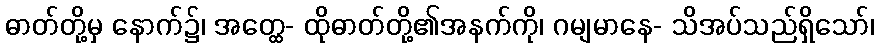
ဓာတ်တို့မှ နောက်၌၊ အတ္ထေ- ထိုဓာတ်တို့၏အနက်ကို၊ ဂမျမာနေ- သိအပ်သည်ရှိသော်၊